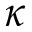
\kappa